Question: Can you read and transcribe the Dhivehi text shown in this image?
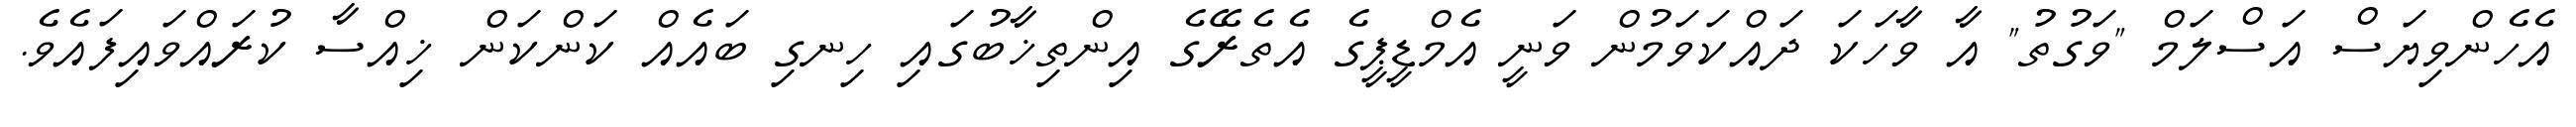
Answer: އެހެންވިޔަސް އަސްލަމް "ވަގުތު" އާ ވާހަކަ ދައްކަވަމުން ވަނީ އެމްޑީޕީގެ އެތެރޭގެ އިންތިޚާބުގައި ހިނގި ބައެއް ކަންކަން ޚިއްސާ ކުރައްވައިފައެވެ.